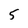
Character: 5